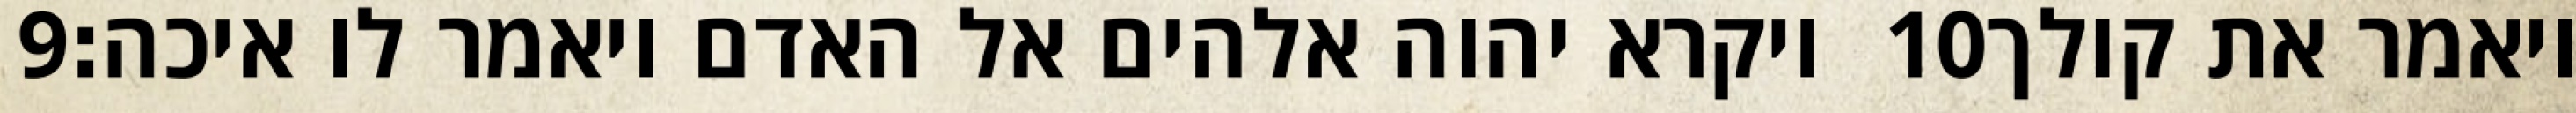
‎9‏ ויקרא יהוה אלהים אל האדם ויאמר לו איכה׃ ‎10‏ ויאמר את קולך